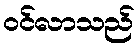
ဝင်လာသည်